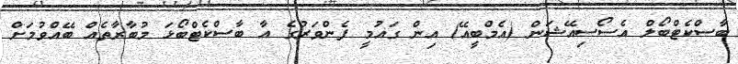
ބާސްކެޓްބޯލް އެސޯސިއޭޝަން (އެމްބީއޭ) އިން ގައުމީ ފެންވަރުގެ އާ ބާސްކެޓްބޯޅަ މުބާރާތެއް ބޭއްވުމަށް